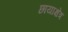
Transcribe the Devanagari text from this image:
छायाक्षेत्र